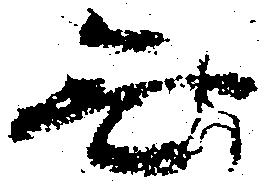
無